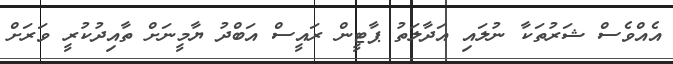
އެއްވެސް ޝަރުތަކާ ނުލައި އަދާލަތު ޕާޓީން ރައީސް އަބްދު ޔާމީނަށް ތާއިދުކުރީ ވަރަށް